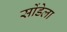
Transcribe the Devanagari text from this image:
सोंडेला